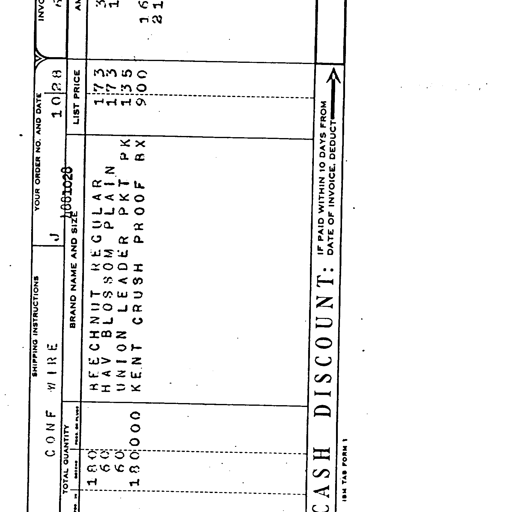
SHIPPING INSTRUCTIONS
CONF WIRE
YOUR ORDER NO. AND DATE
J 10 28
1001028
TOTAL QUANTITY
BRAND NAME AND SIZE
LIST PRICE
180
BEECHNUT REGULAR
173
60
HAV BLOSSOM PLAIN
173
60
UNION LEADER PKT PK
135
180000
KENT CRUSH PROOF BX
900
CASH DISCOUNT:
IF PAID WITHIN 10 DAYS FROM DATE OF INVOICE, DEDUCT
IBM TAB FORM 1